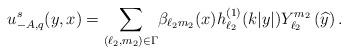
LaTeX: \begin{align*}u^s_{-A,q}(y,x)&= \underset{(\ell_2,m_2)\in \Gamma}\sum \beta_{\ell_2m_2}(x) h^{(1)}_{\ell_2}(k\vert y\vert)Y^{m_2}_{\ell_2}\left(\widehat{y}\right).\end{align*}